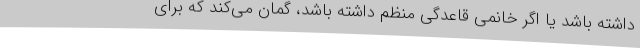
داشته باشد یا اگر خانمی قاعدگی منظم داشته باشد، گمان می‌کند که برای